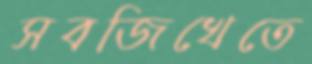
সবজিখেতে